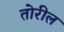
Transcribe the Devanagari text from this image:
तोरील